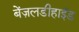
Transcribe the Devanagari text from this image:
बेंज़लडीहाईड